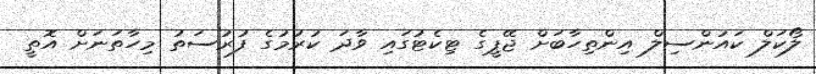
ލޯކަލް ކައުންސިލް އިންތިހާބަށް ޖޭޕީގެ ޓިކެޓުގައި ވާދަ ކުރުމުގެ ފުރުސަތު މިހާތަނަށް އޮތީ